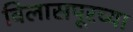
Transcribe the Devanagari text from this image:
विलासपूरच्या